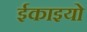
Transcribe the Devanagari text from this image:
ईकाइयो